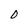
Character: 0